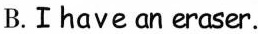
B.Ⅰhave an eraser.